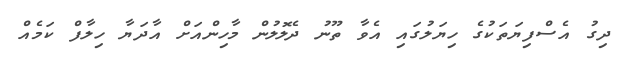
ދިގު އެސްފިޔަތަކުގެ ހިޔަލުގައި އެވާ ތޫނު ދެލޮލުން މާހިންއަށް އާދަޔާ ހިލާފް ކަމެއް